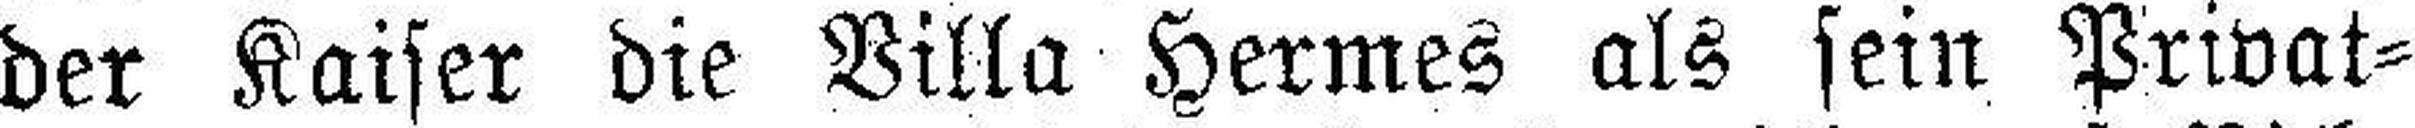
der Kaiser die Villa Hermes als sein Privat¬